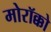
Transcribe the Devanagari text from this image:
मोरॉक्को